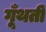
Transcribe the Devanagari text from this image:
गूँथतीं